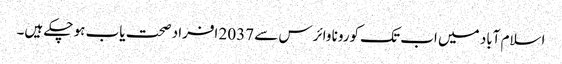
اسلام آباد میں اب تک کورونا وائرس سے 2037 افراد صحت یاب ہو چکے ہیں۔